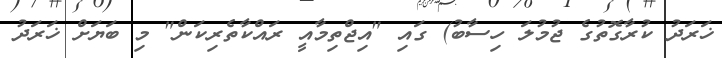
ޚަރަދު ކުރާގޮތުގެ ޖުމުލަ ހިސާބު) ގައި "އިޖްތިމާއީ ރައްކާތެރިކަން" މި ބަޔަށް ޚަރަދު